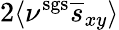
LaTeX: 2\langle\nu^{\mathrm{sgs}}\overline{{s}}_{xy}\rangle